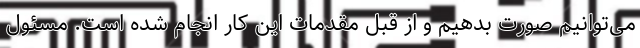
می‌توانیم صورت بدهیم و از قبل مقدمات این کار انجام شده است. مسئول